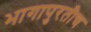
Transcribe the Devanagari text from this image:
भागापुरतीच